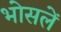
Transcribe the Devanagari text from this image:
भोसलें